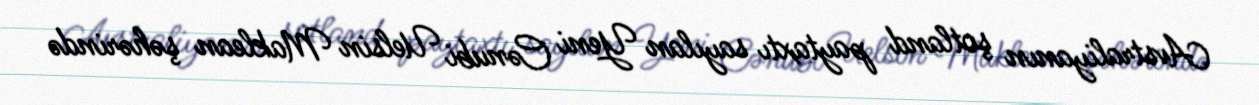
Avstraliyanın şotland paytaxtı sayılan Yeni Cənubi Uelsin Maklean şəhərində